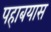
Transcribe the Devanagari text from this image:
पहाबयास